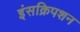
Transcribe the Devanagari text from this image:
इंसक्रिपशन